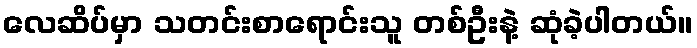
လေဆိပ်မှာ သတင်းစာရောင်းသူ တစ်ဦးနဲ့ ဆုံခဲ့ပါတယ်။